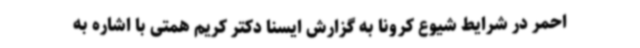
احمر در شرایط شیوع کرونا به گزارش ایسنا دکتر کریم همتی با اشاره به